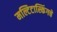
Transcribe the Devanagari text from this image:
मल्टिटास्किंगचे